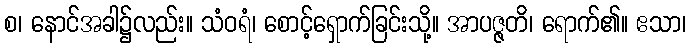
စ၊ နောင်အခါ၌လည်း။ သံဝရံ၊ စောင့်ရှောက်ခြင်းသို့။ အာပဇ္ဇတိ၊ ရောက်၏။ ဧသာ၊